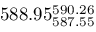
5 8 8 . 9 5 _ { 5 8 7 . 5 5 } ^ { 5 9 0 . 2 6 }